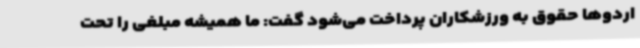
اردوها حقوق به ورزشکاران پرداخت می‌شود گفت: ما همیشه مبلغی را تحت